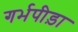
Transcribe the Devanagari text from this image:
गर्भपीड़ा